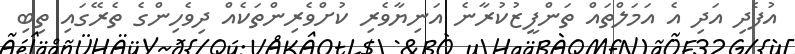
އުފެދި އަދި އެ އަމަލްތައް ތަންފީޒުކުރާނެ އަނިޔާވެރި ކުށްވެރިންތަކެއް ދިވެހިންގެ ތެރޭގައި ތިބި